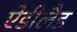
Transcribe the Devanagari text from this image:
ऐडीलैड